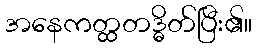
အနေကတ္ထတဒ္ဓိတ်ပြီး၏။